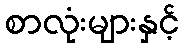
စာလုံးများနှင့်